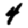
Digit: 4